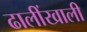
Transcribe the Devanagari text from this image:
ढालींखाली